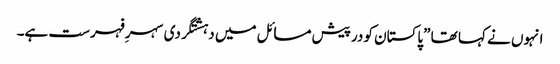
انہوں نے کہا تھا ”پاکستان کو درپیش مسائل میں دہشتگردی سہرِ فہرست ہے۔